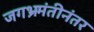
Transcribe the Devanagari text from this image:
जगभ्रमंतीनंतर